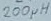
Text: 200µH